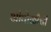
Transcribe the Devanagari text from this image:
आंघोळीची